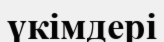
үкімдері